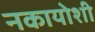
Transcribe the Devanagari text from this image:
नकायोशी